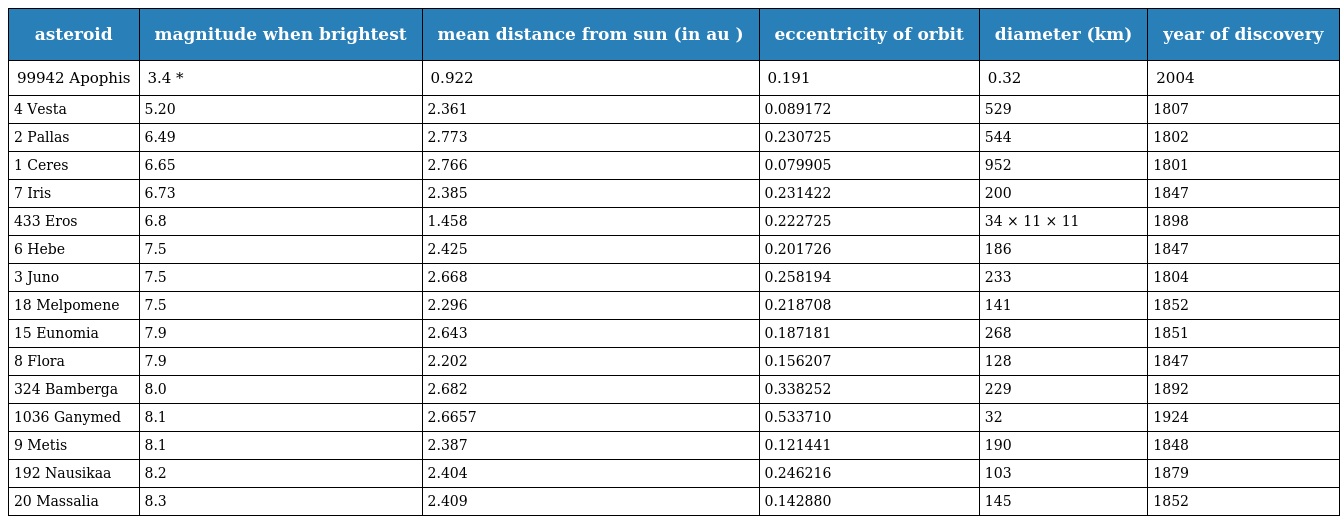
| asteroid | magnitude when brightest | mean distance from sun (in au ) | eccentricity of orbit | diameter (km) | year of discovery |
 | --- | --- | --- | --- | --- | --- |
 | 99942 Apophis | 3.4 * | 0.922 | 0.191 | 0.32 | 2004 |
 | 4 Vesta | 5.20 | 2.361 | 0.089172 | 529 | 1807 |
 | 2 Pallas | 6.49 | 2.773 | 0.230725 | 544 | 1802 |
 | 1 Ceres | 6.65 | 2.766 | 0.079905 | 952 | 1801 |
 | 7 Iris | 6.73 | 2.385 | 0.231422 | 200 | 1847 |
 | 433 Eros | 6.8 | 1.458 | 0.222725 | 34 × 11 × 11 | 1898 |
 | 6 Hebe | 7.5 | 2.425 | 0.201726 | 186 | 1847 |
 | 3 Juno | 7.5 | 2.668 | 0.258194 | 233 | 1804 |
 | 18 Melpomene | 7.5 | 2.296 | 0.218708 | 141 | 1852 |
 | 15 Eunomia | 7.9 | 2.643 | 0.187181 | 268 | 1851 |
 | 8 Flora | 7.9 | 2.202 | 0.156207 | 128 | 1847 |
 | 324 Bamberga | 8.0 | 2.682 | 0.338252 | 229 | 1892 |
 | 1036 Ganymed | 8.1 | 2.6657 | 0.533710 | 32 | 1924 |
 | 9 Metis | 8.1 | 2.387 | 0.121441 | 190 | 1848 |
 | 192 Nausikaa | 8.2 | 2.404 | 0.246216 | 103 | 1879 |
 | 20 Massalia | 8.3 | 2.409 | 0.142880 | 145 | 1852 |